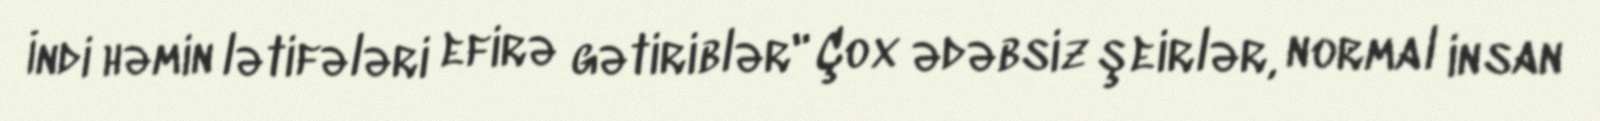
İndi həmin lətifələri efirə gətiriblər" Çox ədəbsiz şeirlər, normal insan